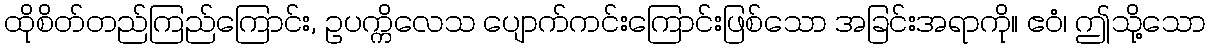
ထိုစိတ်တည်ကြည်ကြောင်း, ဥပက္ကိလေသ ပျောက်ကင်းကြောင်းဖြစ်သော အခြင်းအရာကို။ ဧဝံ၊ ဤသို့သော